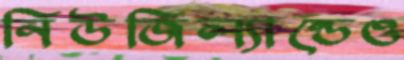
নিউজিল্যান্ডেও